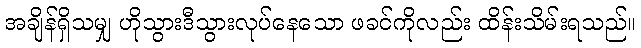
အချိန်ရှိသမျှ ဟိုသွားဒီသွားလုပ်နေသော ဖခင်ကိုလည်း ထိန်းသိမ်းရသည်။